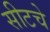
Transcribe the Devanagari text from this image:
सीटचे